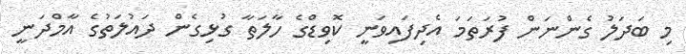
މި ބަދަލު ގެންނަން ފުރަތަމަ އެދިފައިވަނީ ކޮވިޑްގެ ހާލަތާ ގުޅިގެން ދައުލަތުގެ އާމްދަނީ